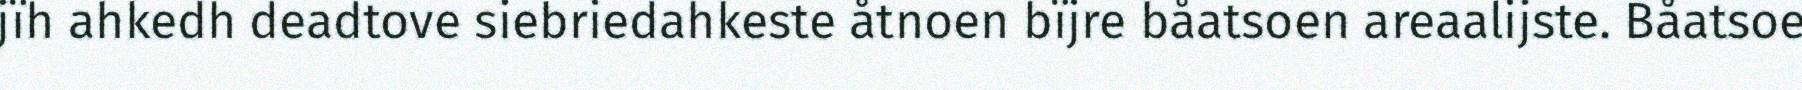
jïh ahkedh deadtove siebriedahkeste åtnoen bïjre båatsoen areaalijste. Båatsoe